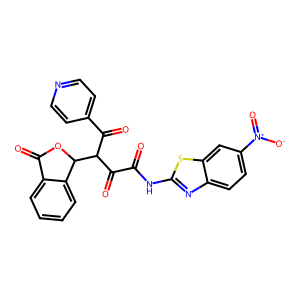
SMILES: O=C(Nc1nc2ccc([N+](=O)[O-])cc2s1)C(=O)C(C(=O)c1ccncc1)C1OC(=O)c2ccccc21
Inhibits HIV replication: No